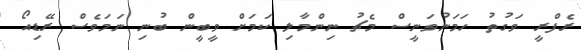
ރެފްރީ ވަގުތު ހަމަނުވަނީސް މެޗު ނިންމާލި ކަމަށް ވީބީން ބުނި ނަމަވެސް ރޭޑިއޯ